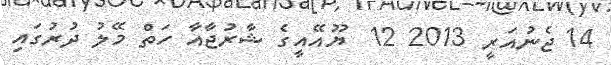
14 ޖެނުއަރީ 2013 12  ޔޫއޭއީގެ ޝާރުޖާއާ ހަތް މޭލު ދުރުގައި